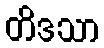
တိဒသာ